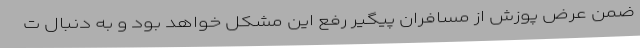
ضمن عرض پوزش از مسافران پیگیر رفع این مشکل خواهد بود و به دنبال ت